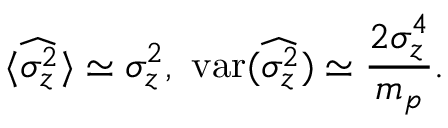
\langle \widehat { \sigma _ { z } ^ { 2 } } \rangle \simeq \sigma _ { z } ^ { 2 } , ~ \mathrm { v a r } ( \widehat { \sigma _ { z } ^ { 2 } } ) \simeq \frac { 2 \sigma _ { z } ^ { 4 } } { m _ { p } } .